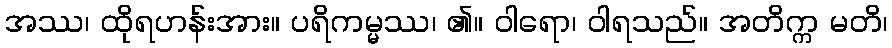
အဿ၊ ထိုရဟန်းအား။ ပရိကမ္မဿ၊ ၏။ ဝါရော၊ ဝါရသည်။ အတိက္က မတိ၊